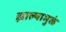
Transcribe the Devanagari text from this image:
झाल्यामुळं